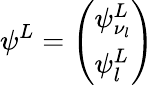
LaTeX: \psi^{L}=\left(\begin{array}{l}{{\psi_{\nu_{l}}^{L}}}\\ {{\psi_{l}^{L}}}\end{array}\right)